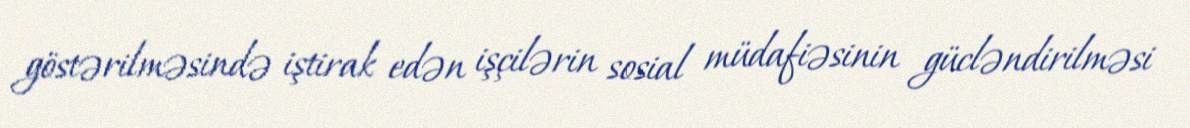
göstərilməsində iştirak edən işçilərin sosial müdafiəsinin gücləndirilməsi